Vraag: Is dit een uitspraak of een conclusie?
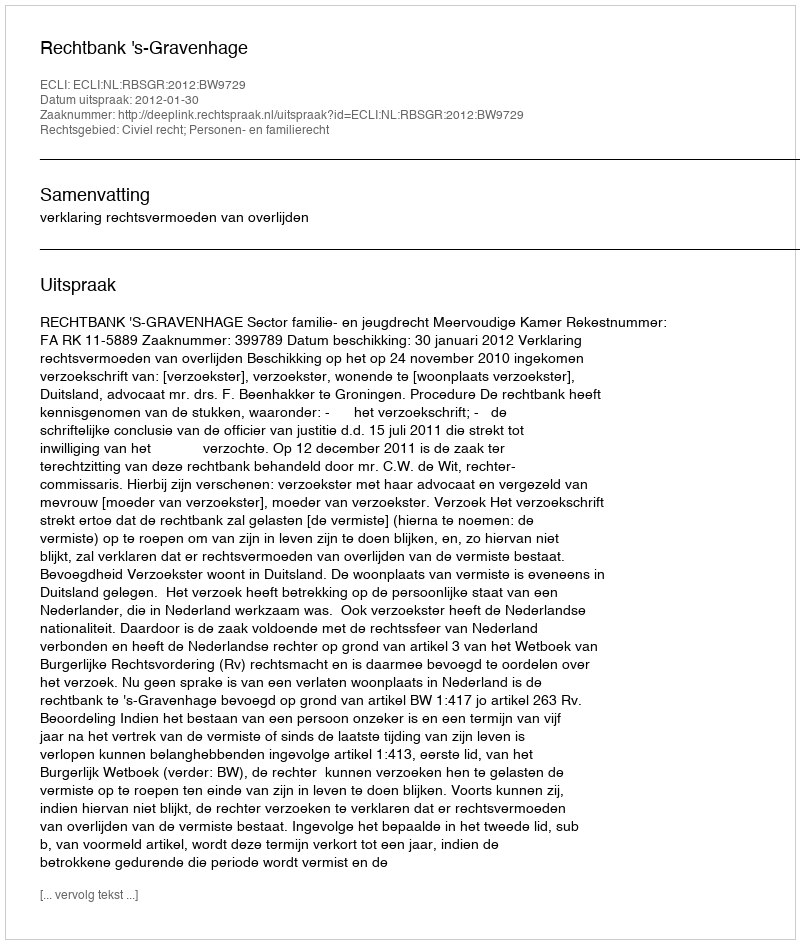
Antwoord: Uitspraak